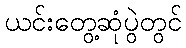
ယင်းတွေ့ဆုံပွဲတွင်